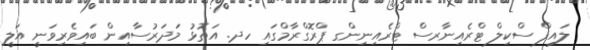
ލައިފް ސްކިލް ޓްރެއިނާރސް ޓްރެއިނިންގ ޕްރޮގްރާމްގައި ހދ. އަތޮޅު މަދަރުސާއިން ބައިވެރިވަނީ އަލީ